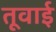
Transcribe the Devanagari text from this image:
तूवाई